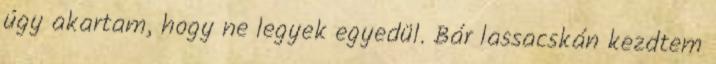
úgy akartam, hogy ne legyek egyedül. Bár lassacskán kezdtem